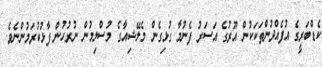
ކެޑްބަރީގެ އުފެއްދުންތަކަކުން އޫރުގެ އަސަރު ފެނުމާ ގުޅިގެން މެލޭޝިއާގެ މުސްލިމުން ނުރުހުން ފާޅުކުރަމުންނެވެ.